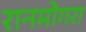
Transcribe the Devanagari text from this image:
रानमोगरा